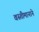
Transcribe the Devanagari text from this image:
वस्तीमानाने